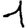
Digit: 1